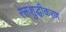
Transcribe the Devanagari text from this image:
रक्तशुद्धीकरण